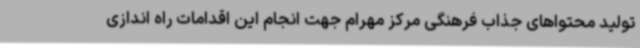
تولید محتواهای جذاب فرهنگی مرکز مهرام جهت انجام این اقدامات راه اندازی